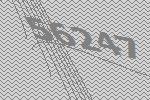
56247